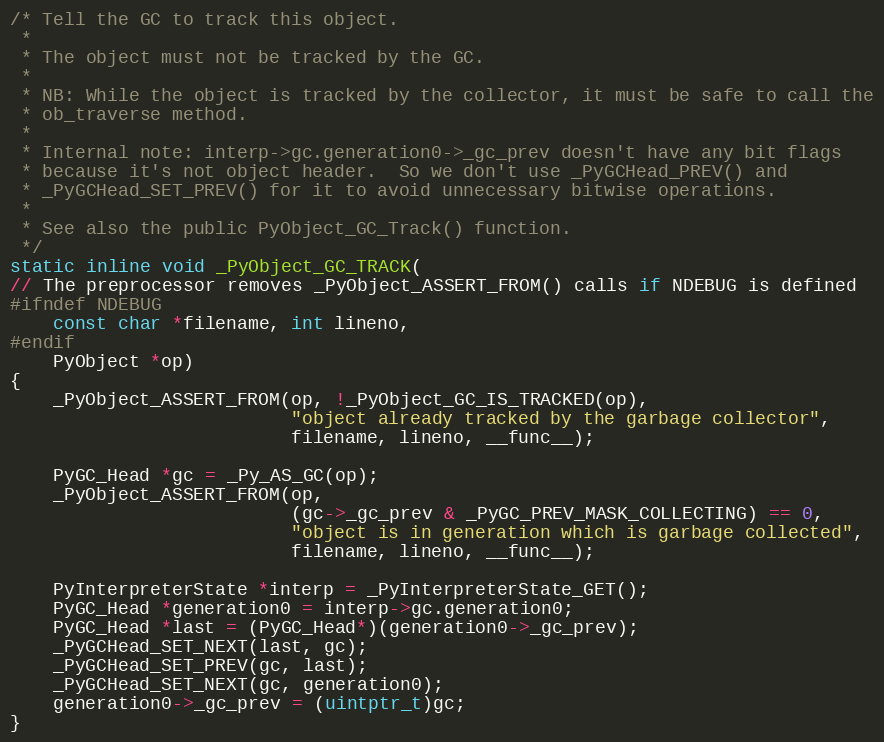
Language: C
/* Tell the GC to track this object.
 *
 * The object must not be tracked by the GC.
 *
 * NB: While the object is tracked by the collector, it must be safe to call the
 * ob_traverse method.
 *
 * Internal note: interp->gc.generation0->_gc_prev doesn't have any bit flags
 * because it's not object header.  So we don't use _PyGCHead_PREV() and
 * _PyGCHead_SET_PREV() for it to avoid unnecessary bitwise operations.
 *
 * See also the public PyObject_GC_Track() function.
 */
static inline void _PyObject_GC_TRACK(
// The preprocessor removes _PyObject_ASSERT_FROM() calls if NDEBUG is defined
#ifndef NDEBUG
    const char *filename, int lineno,
#endif
    PyObject *op)
{
    _PyObject_ASSERT_FROM(op, !_PyObject_GC_IS_TRACKED(op),
                          "object already tracked by the garbage collector",
                          filename, lineno, __func__);

    PyGC_Head *gc = _Py_AS_GC(op);
    _PyObject_ASSERT_FROM(op,
                          (gc->_gc_prev & _PyGC_PREV_MASK_COLLECTING) == 0,
                          "object is in generation which is garbage collected",
                          filename, lineno, __func__);

    PyInterpreterState *interp = _PyInterpreterState_GET();
    PyGC_Head *generation0 = interp->gc.generation0;
    PyGC_Head *last = (PyGC_Head*)(generation0->_gc_prev);
    _PyGCHead_SET_NEXT(last, gc);
    _PyGCHead_SET_PREV(gc, last);
    _PyGCHead_SET_NEXT(gc, generation0);
    generation0->_gc_prev = (uintptr_t)gc;
}